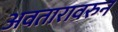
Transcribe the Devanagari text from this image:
अवतारावरुन